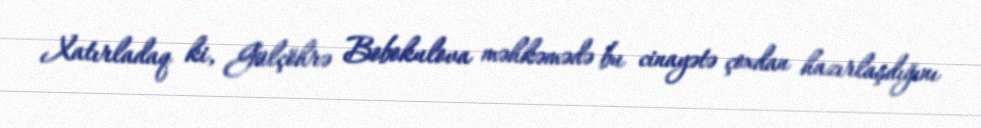
Xatırladaq ki, Gülçöhrə Bobokulova məhkəmədə bu cinayətə çoxdan hazırlaşdığını